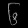
Digit: ၆